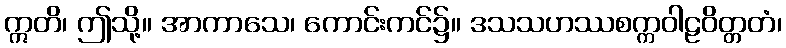
ဣတိ၊ ဤသို့။ အာကာသေ၊ ကောင်းကင်၌။ ဒသသဟဿစက္ကဝါဠဝိတ္တတံ၊